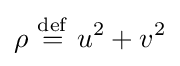
\rho \ {\stackrel {\mathrm {def} }{=}}\ u^{2}+v^{2}